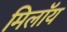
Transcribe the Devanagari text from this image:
मिलॉय